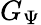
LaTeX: G_{\Psi}